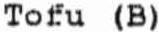
TOFU (B)